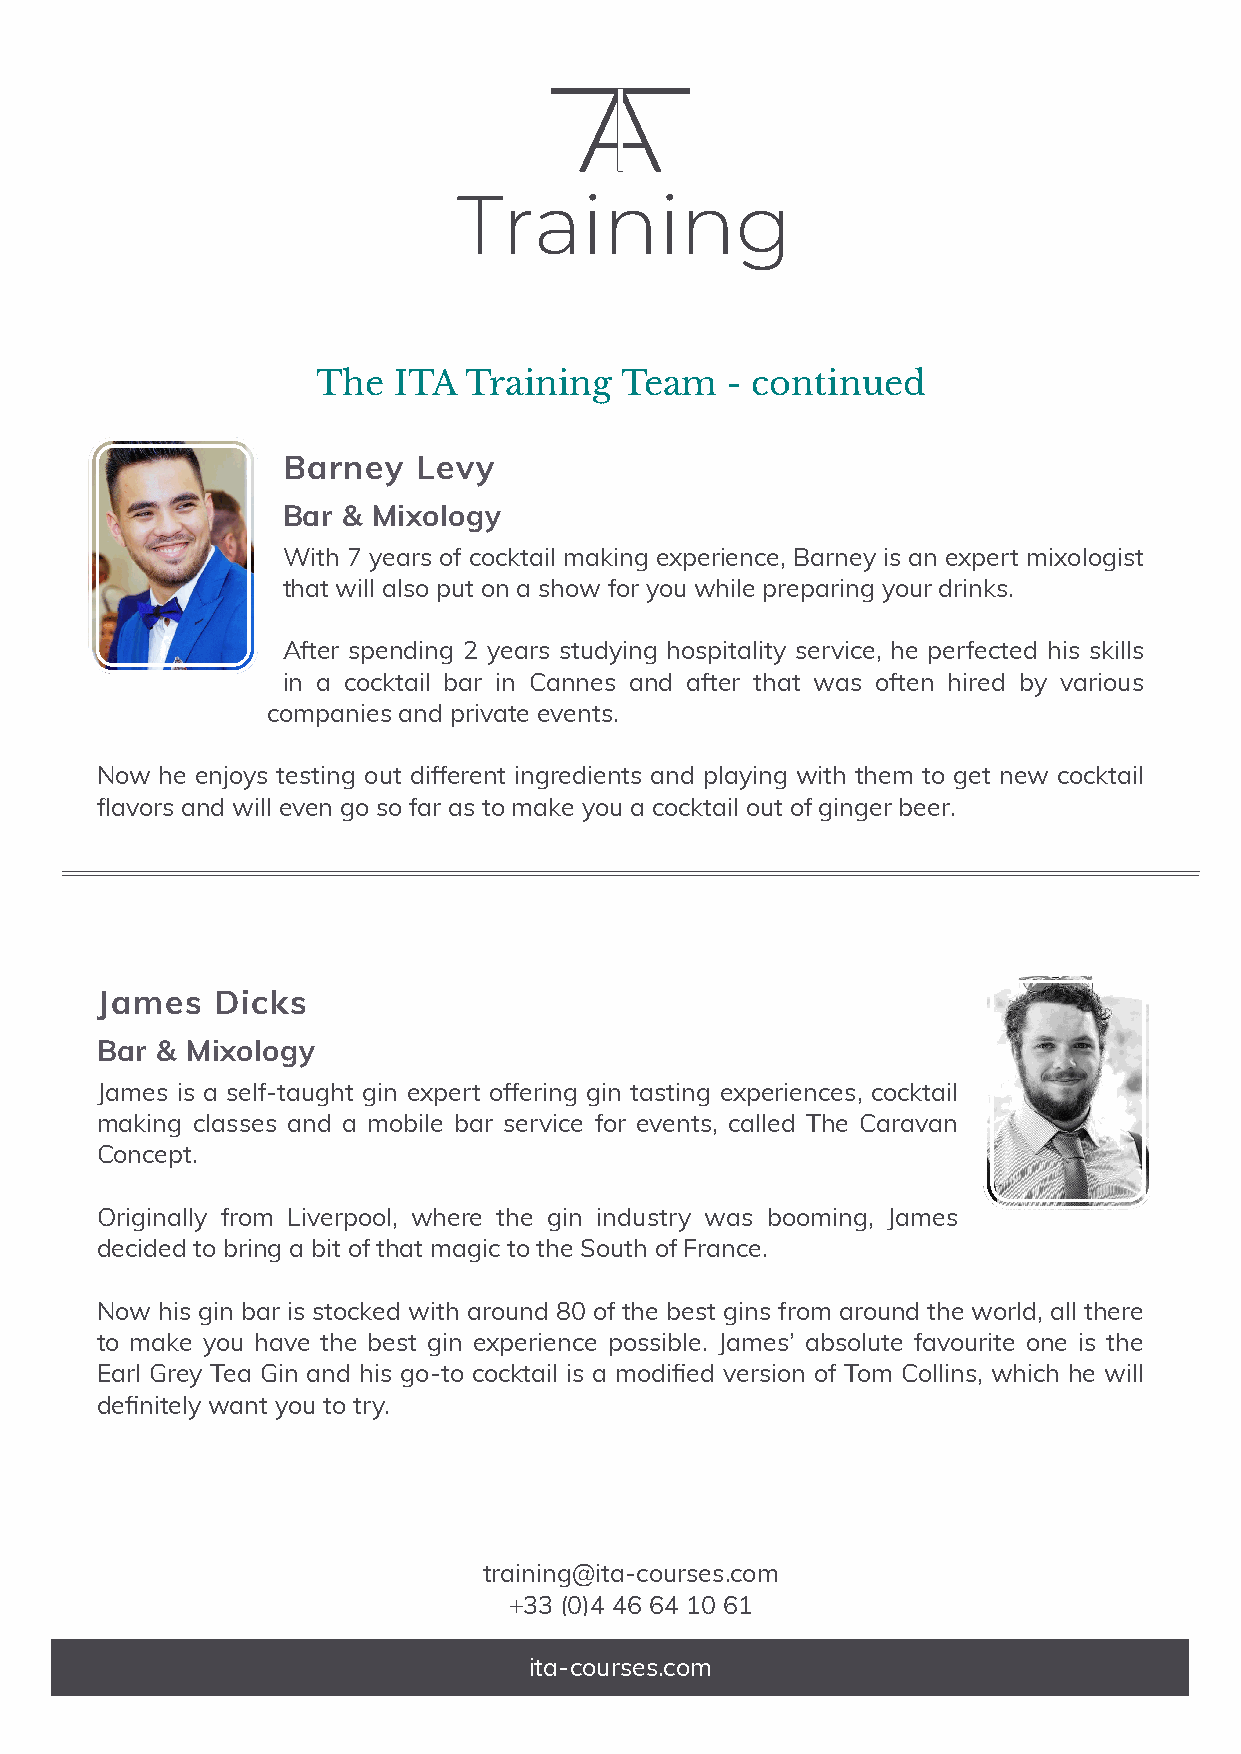
The  ITA  Training  Team   - continued
 Barney   Levy
 Bar & Mixology
 With 7 years of cocktail making experience, Barney is an expert mixologist
 that will also put on a show for you while preparing your drinks.
 After spending 2 years studying hospitality service, he perfected his skills
 in a cocktail bar in Cannes and after that was often hired by various
 companies and private events.
 Now  he enjoys testing out different ingredients and playing with them to get new cocktail
 flavors and will even go so far as to make you a cocktail out of ginger beer.
 James   Dicks
 Bar & Mixology
 James is a self-taught gin expert offering gin tasting experiences, cocktail
 making classes and a mobile bar service for events, called The Caravan
 Concept.
 Originally from Liverpool, where the gin industry was booming, James
 decided to bring a bit of that magic to the South of France.
 Now his gin bar is stocked with around 80 of the best gins from around the world, all there
 to make you have the best gin experience possible. James’ absolute favourite one is the
 Earl Grey Tea Gin and his go-to cocktail is a modified version of Tom Collins, which he will
 definitely want you to try.
 training@ita-courses.com
 +33 (0)4 46 64 10 61
 ita-courses.com